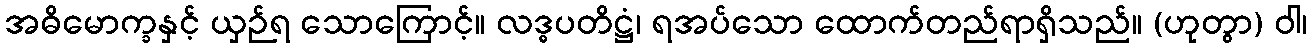
အဓိမောက္ခနှင့် ယှဉ်ရ သောကြောင့်။ လဒ္ဓပတိဋ္ဌံ၊ ရအပ်သော ထောက်တည်ရာရှိသည်။ (ဟုတွာ) ဝါ၊